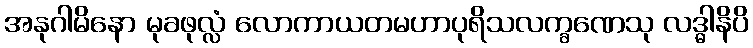
အနုဂါမိနော မုခဖုလ္လံ လောကာယတမဟာပုရိသလက္ခဏေသု လဒ္ဓါနိပိ